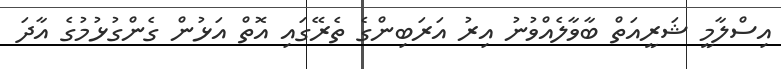
އިސްލާމީ ޝަރީއަތް ބާވާލެއްވުނު އިރު އަރަބިންގެ ތެރޭގައި އޮތް އަޅުން ގެންގުޅުމުގެ އާދަ